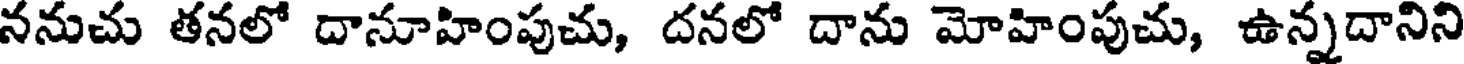
ననుచు తనలో దానూహింపుచు, దనలో దాను మోహింపుచు, ఉన్నదానిని